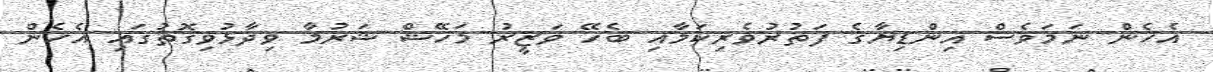
އެހެން ނަމަވެސް އިންޑިޔާގެ ފަތުރުވެރިކަމާއި ބެހޭ ވަޒީރު މަހޭޝް ޝަރުމާ ވިދާޅުވިގޮތުގައި އެހެން